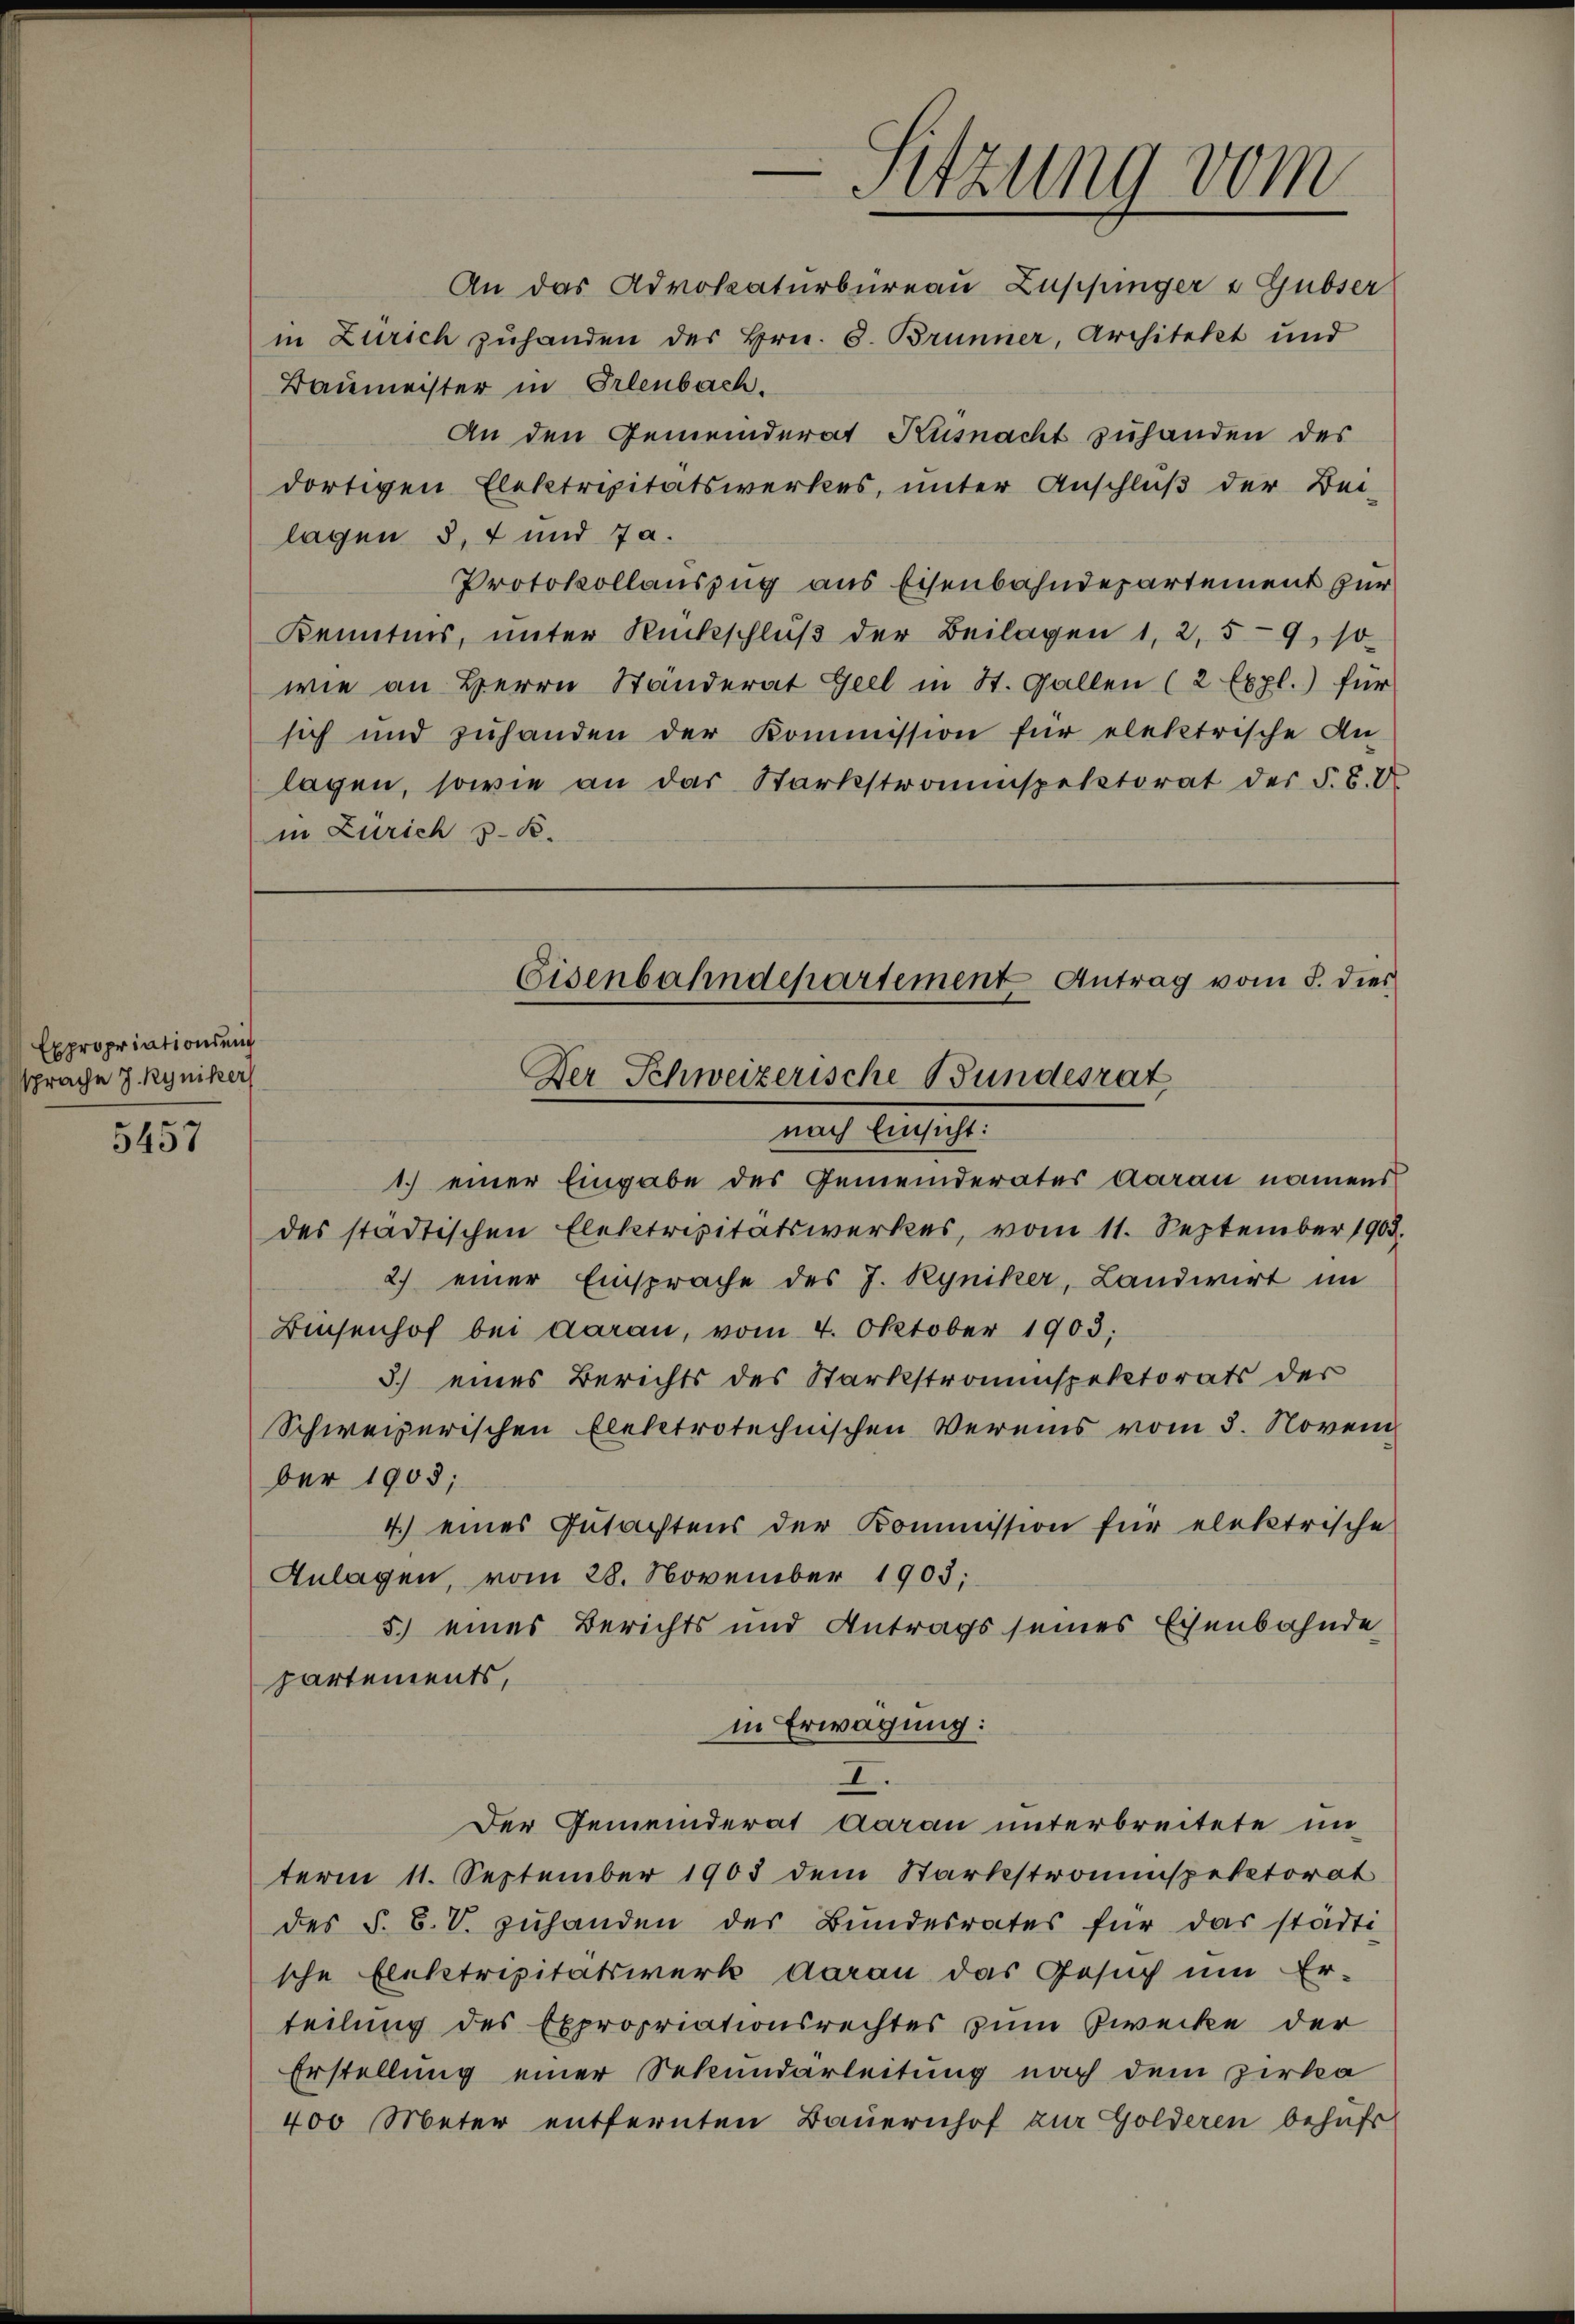
Expropriationseit
sprache J. Ryniker

5457

-Sitzung vom
An das Advokaturbüreau Zuppinger & Gubser

in Zürich zŭhanden des Hrn. 6. Brünner, Architekt und
Baumeister in Erlenbach.
An den Gemeinderat Küsnacht zuhanden des
dortigen Elektrizitätswerkes, unter Anschluß der Bei-
lagen 3, 7 und Ja.
Protokollauszug aus Eisenbahndepartement zur
Kenntnis, unter Rückschlŭβ der Beilagen 1, 2, 59, so
wie an Herrn Ständerat Geel in St. Gallen (2 Expl.) für
sich und zŭhanden der Kommission für elektrische An-
lagen, sowie an das Starkstromspektorat der F. S. 2
in Zürich v. K.

Eisenbahndepartement Antrag vom 5. dies
Der Schweizerische Bundesrat
nach Einsicht:

1.) einer Eingabe des Gemeinderates daran namens
des städtischen Elektripitätswerkes, vom 11. September 1905.
2) einer Einsprache des J. Ryniker, Landwirt im
Biesenhof bei daran, vom 4. Oktober 1903.
3.) eines Berichts des Starkstromespektorats der
Schweizerischen Elektrotechnischen Vereins vom 3. Novem
ber 1905;
4.) eines Gutachtens der Kommission für elektrische
Anlagen, vom 28. November 1905;
5.) eines Berichts und Antrags seines Eisenbahnde
partements,
in Erwägung:
I.
Der Gemeinderat Aarau unterbreitete un-
term 11. September 1903 dem Stärkstroninspektorat
des §. 8. V. zŭhanden der Bundesrates für das städti-
sche Elektripitätswerk daran das Gesuch um Er-
teilung des Expropriationsrechtes zum Zwecke der
Erstellung einer Sekundarleitung nach dem Zirka
400 Meter entfernten Bauernhof zur Golderen behufs